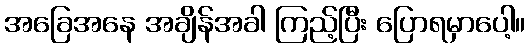
အခြေအနေ အချိန်အခါ ကြည့်ပြီး ပြောရမှာပေါ့။